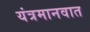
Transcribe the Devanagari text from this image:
यंत्रमानवात